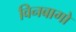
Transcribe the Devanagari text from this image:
विनबागो